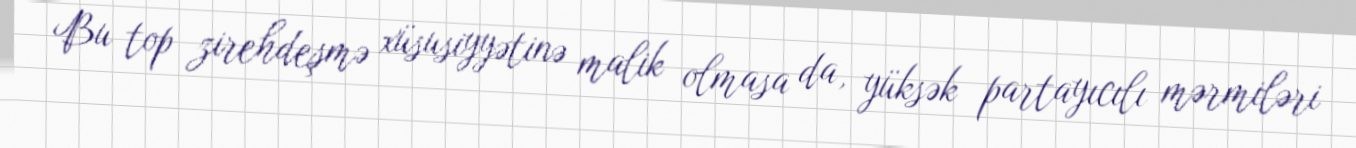
Bu top zirehdeşmə xüsusiyyətinə malik olmasa da, yüksək partayıcılı mərmiləri